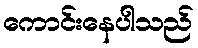
ကောင်းနေပါသည်